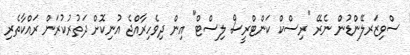
ސްވިޒަރލޭންޑުން ނެރޭ "ރިސްކް ކަންޓްރީސް ލިސްޓް" އިން ދިވެހިރާއްޖެ އުނިކޮށް ދަތުރުކުރަން ރައްކާތެރި